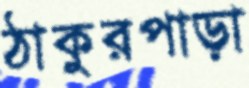
ঠাকুরপাড়া